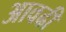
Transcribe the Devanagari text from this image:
आवढी